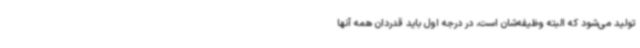
تولید می‌شود که البته وظیفه‌شان است، در درجه اول باید قدردان همه آنها